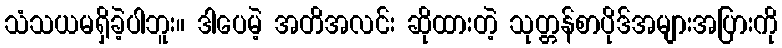
သံသယမရှိခဲ့ပါဘူး။ ဒါပေမဲ့ အတိအလင်း ဆိုထားတဲ့ သုတ္တန်စာပိုဒ်အများအပြားကို